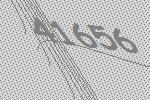
41656